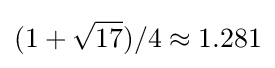
(1+{\sqrt {17}})/4\approx 1.281